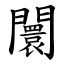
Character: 闤